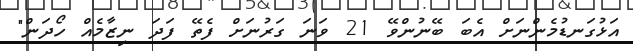
އަޅުގަނޑުމެންނަށް އެބަ ބޭނުންވޭ 21 ވަނަ ގަރުނަށް ފެތޭ ފަދަ ނިޒާމެއް ހޯދަން"